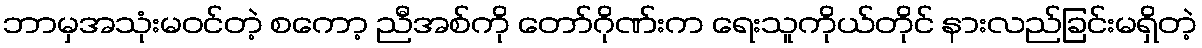
ဘာမှအသုံးမဝင်တဲ့ စကော့ ညီအစ်ကို တော်ဂိုဏ်းက ရေးသူကိုယ်တိုင် နားလည်ခြင်းမရှိတဲ့